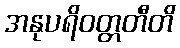
အနုပရိဝတ္တတီတိ